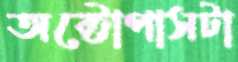
অক্টোপাসটা